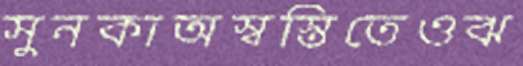
সুনকাঅস্বস্তিতেওঝ